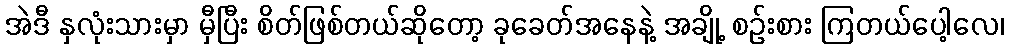
အဲဒီ နှလုံးသားမှာ မှီပြီး စိတ်ဖြစ်တယ်ဆိုတော့ ခုခေတ်အနေနဲ့ အချို့ စဉ်းစား ကြတယ်ပေါ့လေ၊